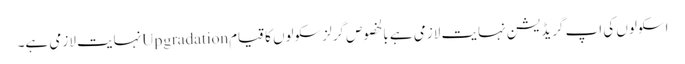
اسکولوں کی اپ گریڈیشن نہایت لازمی ہے بالخصوص گرلز سکولوں کا قیامUpgradationنہایت لازمی ہے۔